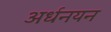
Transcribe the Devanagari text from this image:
अर्धनयन